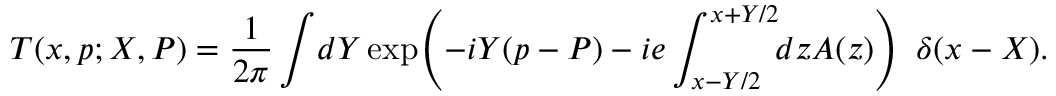
{ \cal T } ( x , p ; X , P ) = \frac { 1 } { 2 \pi } \int \! d Y \exp \! \left( - i Y ( p - P ) - i e \int _ { x - Y / 2 } ^ { x + Y / 2 } \! \! d z A ( z ) \right) ~ \delta ( x - X ) .